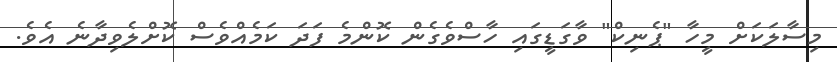
މިސާލަކަށް މީހާ "ޕެނިކް" ވާގަޑީގައި ހާސްވެގެން ކޮންމެ ފަދަ ކަމެއްވެސް ކޮށްލެވިދާނެ އެވެ.